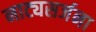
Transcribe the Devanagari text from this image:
नाट्यसर्जना